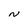
Character: N